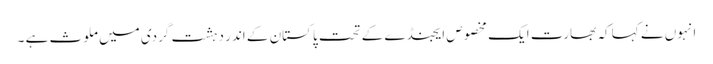
انہوں نے کہا کہ بھارت ایک مخصوص ایجنڈے کے تحت پاکستان کے اندر دہشت گردی میں ملوث ہے ۔